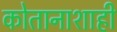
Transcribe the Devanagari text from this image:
कोतानाशाही